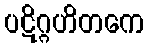
ပဋိဂ္ဂဟိတကေ